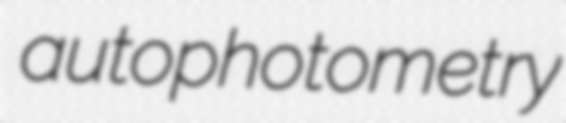
autophotometry